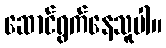
ဆောင်ရွက်နေသူပါ။